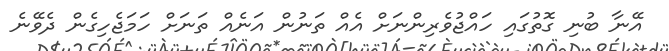
އޭނާ ބުނި ގޮތުގައި ހައްޖުވެރިންނަށް އެއް ތަނުން އަނެއް ތަނަށް ހަމަޖެހިގެން ދެވޭނެ